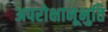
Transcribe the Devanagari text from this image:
अपरोक्षानूभुति